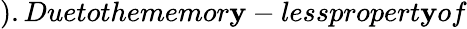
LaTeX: ).Duetothememor\mathbf{y}-lesspropert\mathbf{y}of